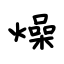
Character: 燥